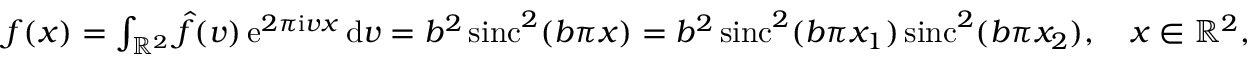
\begin{array} { r } { f ( \boldsymbol x ) = \int _ { \mathbb R ^ { 2 } } \hat { f } ( \boldsymbol v ) \, \mathrm e ^ { 2 \pi \mathrm i \boldsymbol v \boldsymbol x } \, \mathrm { d } \boldsymbol v = b ^ { 2 } \, \mathrm { s i n c } ^ { 2 } ( b \pi \boldsymbol x ) = b ^ { 2 } \, \mathrm { s i n c } ^ { 2 } ( b \pi x _ { 1 } ) \, \mathrm { s i n c } ^ { 2 } ( b \pi x _ { 2 } ) , \quad \boldsymbol x \in \mathbb R ^ { 2 } , } \end{array}